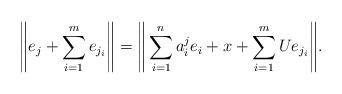
LaTeX: \begin{align*} \Bigg\|e_j + \sum_{i=1}^{m} e_{j_i}\Bigg\| = \Bigg\|\sum_{i=1}^n a^j_i e_i + x + \sum_{i=1}^{m} U e_{j_i}\Bigg\|.\end{align*}